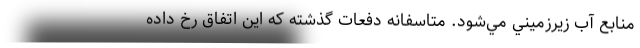
منابع آب زيرزميني مي‌شود. متاسفانه دفعات گذشته كه اين اتفاق رخ داده